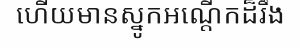
ហើយមានស្នូកអណ្តើកដ៏រឹង